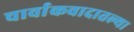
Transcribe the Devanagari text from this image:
चार्वाकवादातल्या